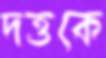
দত্তকে